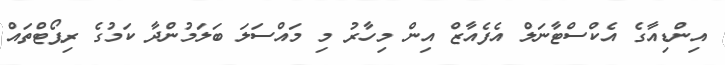
އިންޑިއާގެ އެކްސްޓާނަލް އެފެއާޒް އިން މިހާރު މި މައްސަލަ ބަލަމުންދާ ކަމުގެ ރިޕޯޓްތައް